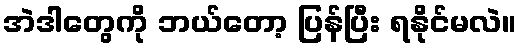
အဲဒါတွေကို ဘယ်တော့ ပြန်ပြီး ရနိုင်မလဲ။